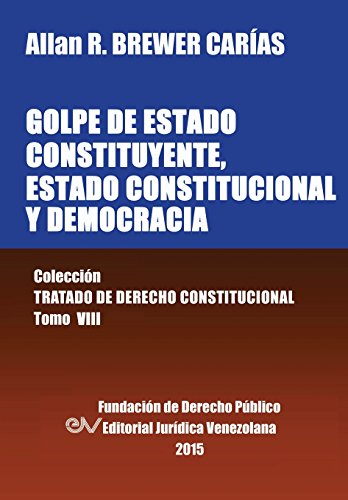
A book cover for GOLPE DE ESTADO CONSTITUYENTE, ESTADO CONSTITUCIONAL Y DEMOCRACIA (Spanish Edition); Allan R. BREWER-CARIAS; Law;